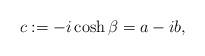
LaTeX: \begin{align*}c:=-i\cosh\beta=a-ib,\end{align*}